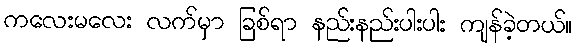
ကလေးမလေး လက်မှာ ခြစ်ရာ နည်းနည်းပါးပါး ကျန်ခဲ့တယ်။